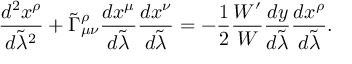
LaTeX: { \frac { d ^ { 2 } x ^ { \rho } } { d \tilde { \lambda } ^ { 2 } } } + \tilde { \Gamma } _ { \mu \nu } ^ { \rho } { \frac { d x ^ { \mu } } { d \tilde { \lambda } } } { \frac { d x ^ { \nu } } { d \tilde { \lambda } } } = - { \frac { 1 } { 2 } } { \frac { { \cal W } ^ { \prime } } { \cal W } } { \frac { d y } { d \tilde { \lambda } } } { \frac { d x ^ { \rho } } { d \tilde { \lambda } } } .